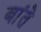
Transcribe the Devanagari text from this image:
बांते